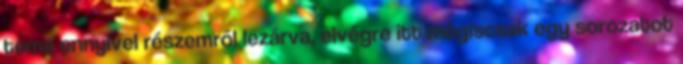
téma ennyivel részemről lezárva, elvégre itt mégiscsak egy sorozatot